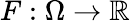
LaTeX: F:\Omega\to\mathbb{R}